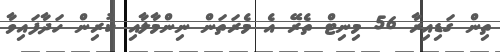
ތިން ގަޑިއިރާ 56 މިނިޓް ތެރޭ އެ މެރަތަން ނިންމާލާއި ކުރިން ހަދާފައިވާ